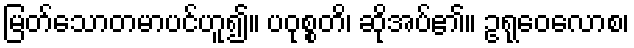
မြတ်သောတမာပင်ဟူ၍။ ပဝုစ္စတိ၊ ဆိုအပ်၏။ ဥရုဝေလောစ၊